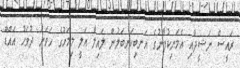
ރައީސް ނަޝީދާއި އެމަނިކުފާނުގެ އަނބިކަނބަލުން ލައިލާ އަލީ މިމަހުގެ ހަވަނަ ދުވަހު އައްޑޫ